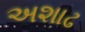
અશાઢ